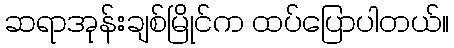
ဆရာအုန်းချစ်မြိုင်က ထပ်ပြောပါတယ်။